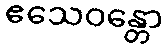
ဧသေဝန္တော